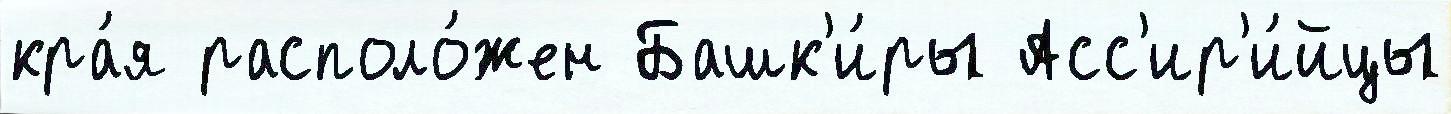
кра́я располо́жен Башк'и́ры Асс'ир'и́йцы